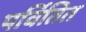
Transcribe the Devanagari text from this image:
पर्वितित